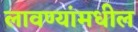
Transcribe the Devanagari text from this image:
लावण्यांमधील